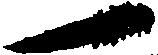
一